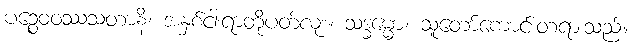
ပဉ္စေဝဝဿသတာနိ၊ အနှစ်ငါးရာတို့ပတ်လုံး။ သဒ္ဓမ္မော၊ သူတော်ကောင်းတရားသည်။